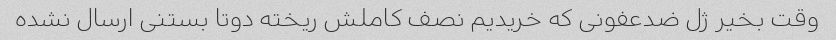
وقت بخیر ژل ضدعفونی که خریدیم نصف کاملش ریخته دوتا بستنی ارسال نشده